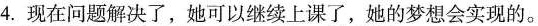
4.现在问题解决了，她可以继续上课了，她的梦想会实现的。